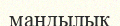
мандылық